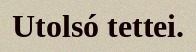
Utolsó tettei.